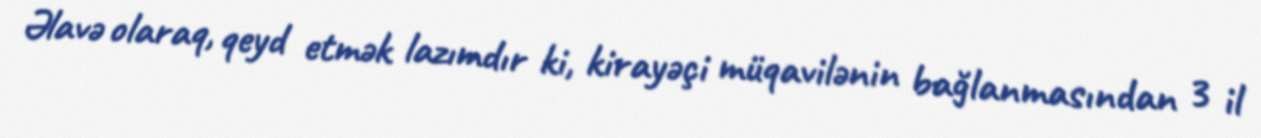
Əlavə olaraq, qeyd etmək lazımdır ki, kirayəçi müqavilənin bağlanmasından 3 il